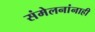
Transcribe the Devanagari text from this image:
संमेलनांनाही